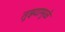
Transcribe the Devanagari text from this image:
तुझ्यामुळे